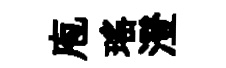
庖瑶澄